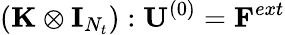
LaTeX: ({\mathbf{\mathbf{\mathbf{K}}}}\otimes{\mathbf{\mathbf{\mathbf{I}}}}_{N_{t}}):{\mathbf{\mathbf{\mathbf{U}}}}^{(0)}={\mathbf{\mathbf{\mathbf{F}}}}^{ext}